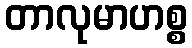
တာလုမာဟစ္စ